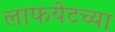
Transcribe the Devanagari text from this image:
लाफयेटच्या